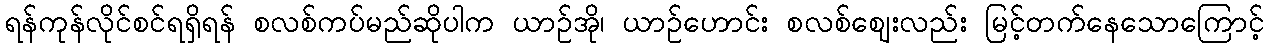
ရန်ကုန်လိုင်စင်ရရှိရန် စလစ်ကပ်မည်ဆိုပါက ယာဉ်အို၊ ယာဉ်ဟောင်း စလစ်ဈေးလည်း မြင့်တက်နေသောကြောင့်